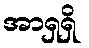
အာရှရှိ